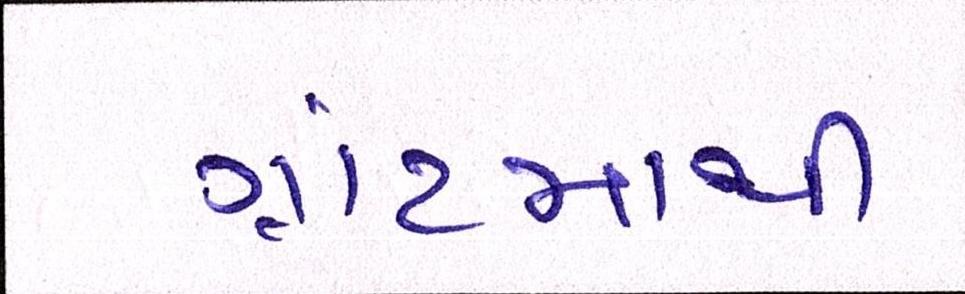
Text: ગ્રાંટમાથી